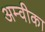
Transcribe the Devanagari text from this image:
अम्वीका